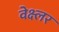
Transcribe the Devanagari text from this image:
वेक्ष्लर